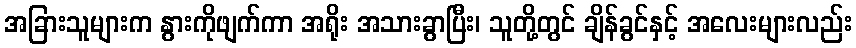
အခြားသူများက နွားကိုဖျက်ကာ အရိုး အသားခွာပြီး၊ သူတို့တွင် ချိန်ခွင်နှင့် အလေးများလည်း